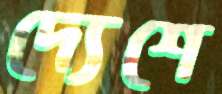
দ্যেশে